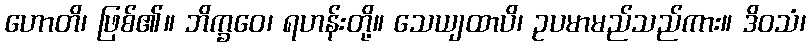
ဟောတိ၊ ဖြစ်၏။ ဘိက္ခဝေ၊ ရဟန်းတို့။ သေယျထာပိ၊ ဥပမာမည်သည်ကား။ ဒိဝသံ၊